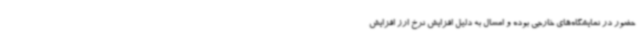
حضور در نمایشگاه‌های خارجی بوده و امسال به دلیل افزایش نرخ ارز افزایش